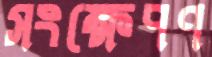
সংক্ষেপণ